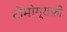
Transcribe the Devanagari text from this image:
टोमोग्राफ़ी